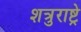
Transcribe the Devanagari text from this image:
शत्रुराष्ट्रे